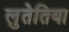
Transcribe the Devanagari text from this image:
लुतेतिया